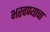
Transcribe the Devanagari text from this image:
भरवण्याचा